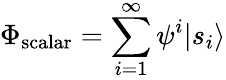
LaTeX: \Phi_{\mathrm{scalar}}=\sum_{i=1}^{\infty}\psi^{i}|s_{i}\rangle